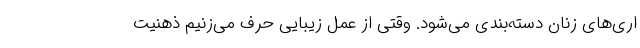
اری‌های زنان دسته‌بندی می‌شود. وقتی از عمل زیبایی حرف می‌زنیم ذهنیت